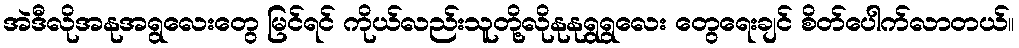
အဲဒီလိုအနုအရွလေးတွေ မြင်ရင် ကိုယ်လည်းသူတို့လိုနုနုရွရွလေး တွေရေးချင် စိတ်ပေါက်လာတယ်။